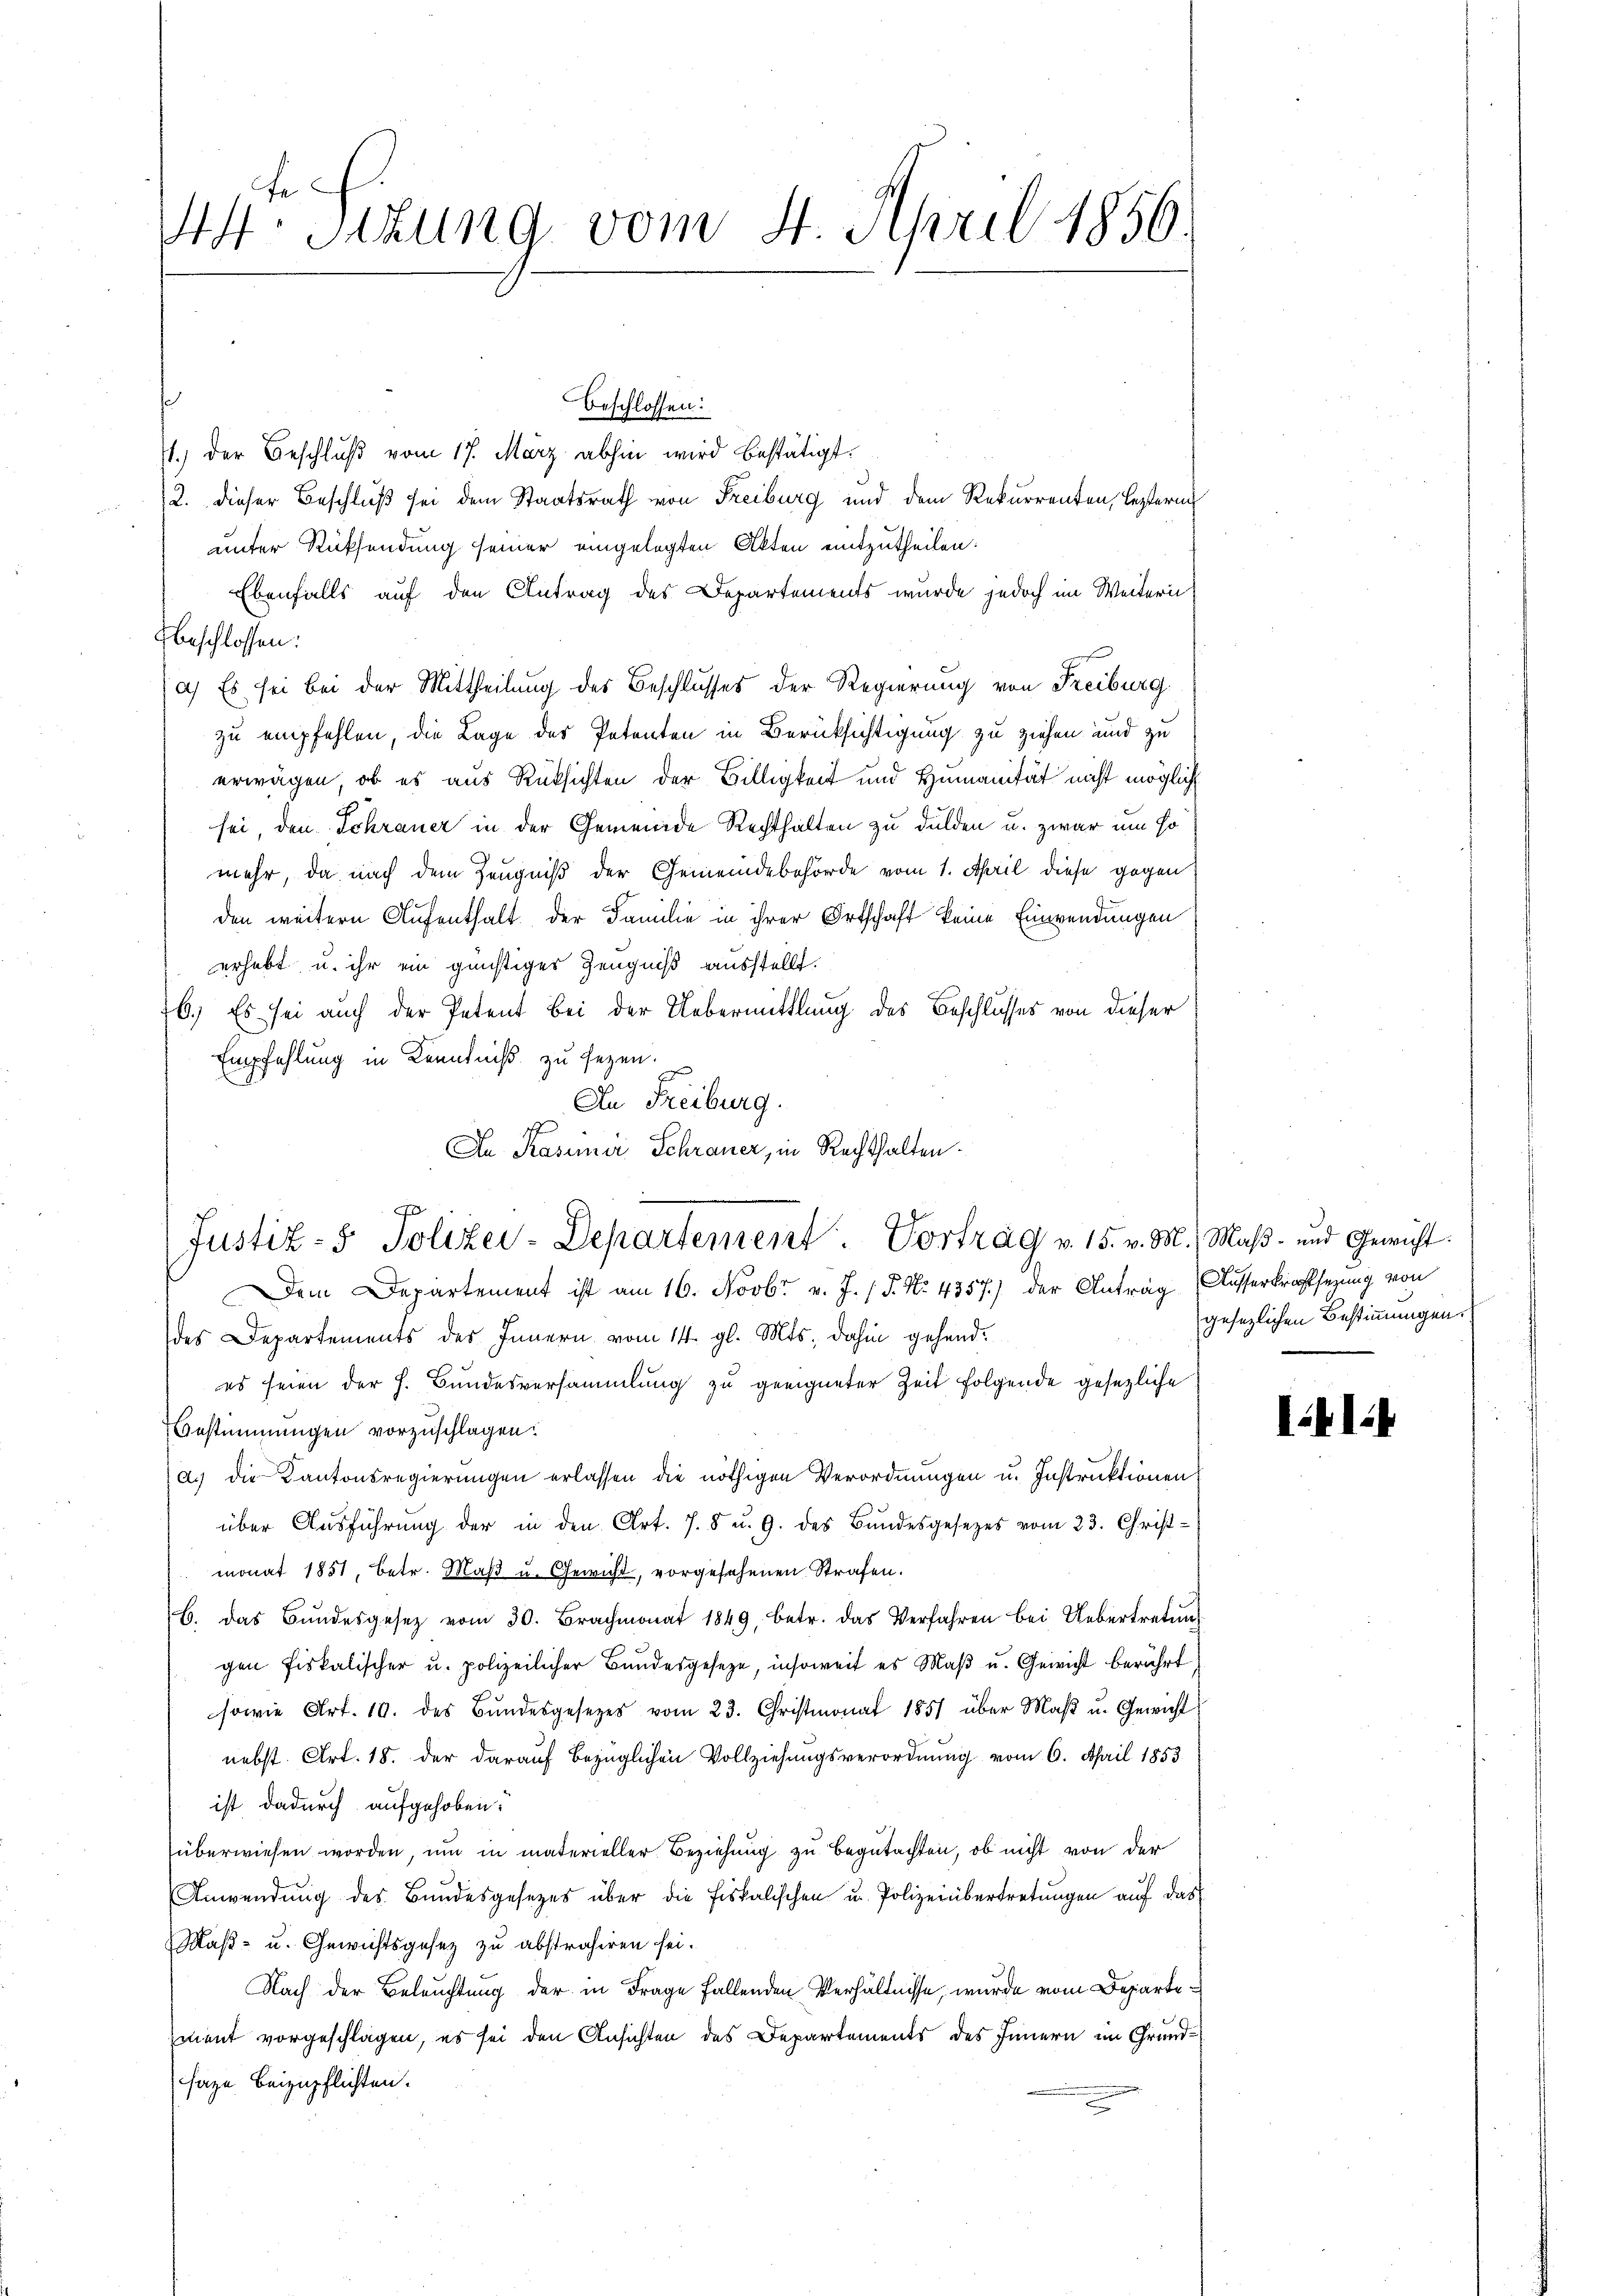
44. Sitzung vom 4. April 1856.

¬
beschlossen:
4.) Der Beschluß vom 17. März abhin wird bestätigt.
2. dieser Beschluß sei dem Staatsrath von Freiburg und dem Rekurrenten, leztern
unter Rücksendung seiner eingelegten Akten mitzutheilen:
Ebenfalls auf den Antrag des Departements wurde jedoch im Weitern
beschlossen:
a.) Es sei bei der Mittheilung des Beschlusses der Regierung von Freiburg
zu empfehlen, die Lage des Petenten in Berücksichtigung zu ziehen und zu
erwägen, ob es aus Rüksichten der Billigkeit und Humanität nicht mögliche
sei, den Schrauer in der Gemeinde Rechthalten zu dulden u. zwar um so
mehr, da nach dem Zeugniß der Gemeindebehörde vom 1. April diese gegen
den weitern Aufenthalt der Familie in ihrer Ortschaft keine Einwendungen
erhebt u. ihr ein günstiges Zeugniß ausstellt.
76. Es sei auch der Petent bei der Uebermittlung des Beschlusses von dieser
Empfehlung in Kenntniß zu sezen.
An Freiburg.
An Kasiner Schrauer, in Rechthalten.

o
Justiz- & Polizei-Departement. Vortrag v. 15. v. M. Maß- und Gewicht

Dem Departement ist am 16. Novbr. v. J. P. Nr. 4357) der Antrag (Ausserkraftsezung von
des Departements des Innern vom 14. gl. Mts. dahin gehend.
es seien der h. Bundesversammlung zu geeigneter Zeit folgende gesezliche
Bestimmungen vorzuschlagen.
a.) die Kantonsregierungen erlassen die nöthigen Verordnungen u. Instruktionen
über Aŭsführŭng der in den Art. 7. 5 u. 9. des Bŭndesgesezes vom 23. Christ-
monat 1851, betr. Maβ u. Gewicht, vorgesehenen Strafen.
b. das Bŭndesgesetz vom 30. Brachmonat 1849, betr. das Verfahren bei Uebertretŭng
gen fiskalischer u. polizeilicher Bundesgeseze, insoweit es Maβ u. Gewicht berührt
sowie Art. 10. des Bŭndesgesetzes vom 23. Christmonat 1857 über Maβ u. Gewicht
nebst Art. 18. der darauf bezüglichen Vollziehungsverordnung vom 6. April 1853.
ist dadurch aufgehoben.
überwiesen worden, um in materieller Beziehung zu begutachten, ob nicht von der
Anwendung des Bundesgesezes über die Fiskalischen u. Polizeiübertretungen auf das
Maß- u. Gewichtsgesez zu abstrahiren sei.
Nach der Beleuchtung der in Frage fallenden Verhältnisse, wurde vom Departe
ment vorgeschlagen, es sei den Ansichten des Departements des Innern im Grund-
aze beizupflichten.

gesezlichen Bestimmungen.

I41:4